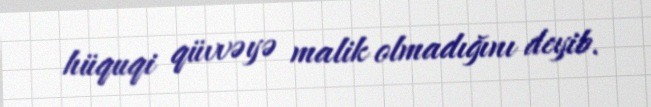
hüquqi qüvvəyə malik olmadığını deyib.